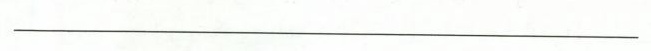
______